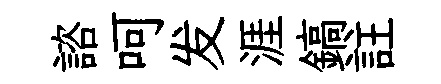
諮呵发涯鎬註